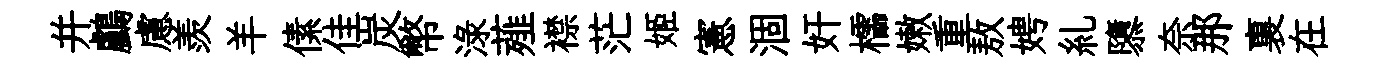
并鸕慮羨羊傃佳炭幣渌薤襟茫姬憲涸奸櫺嫩重敖娉糺隳奈那裏在